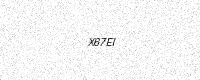
Text: X67EI